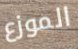
الموزع